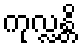
ကုလ္လန္တိ